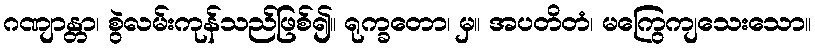
ဂဏျာန္တာ၊ စွဲလမ်းကုန်သည်ဖြစ်၍။ ရုက္ခတော၊ မှ။ အပတိတံ၊ မကြွေကျသေးသော။